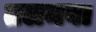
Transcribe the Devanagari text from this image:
तलमबा